Lunatic asylums Central Provinces reports 1886-1894 - 1886-1894
Year: 1886
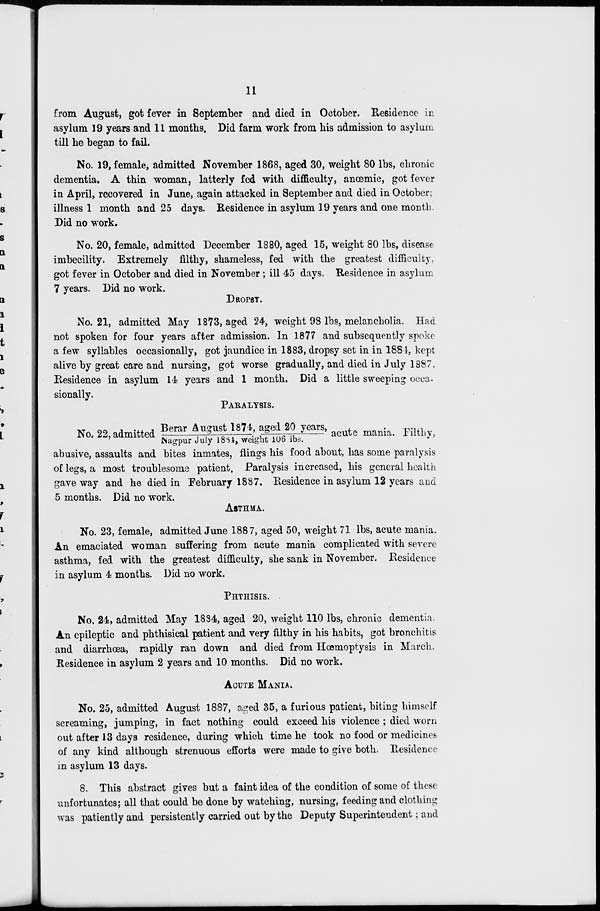
11
from August, got fever in September and died in October. Residence in
asylum 19 years and 11 months. Did farm work from his admission to asylum
till he began to fail.
No. 19, female, admitted November 1868, aged 30, weight 80 lbs, chronic
dementia. A thin woman, latterly fed with difficulty, anaemic, got fever
in April, recovered in June, again attacked in September and died in October:
illness 1 month and 25 days. Residence in asylum 19 years and one month.
Did no work.
No. 20, female, admitted December 1880, aged 15, weight 80 lbs, disease
imbecility. Extremely filthy, shameless, fed with the greatest difficulty,
got fever in October and died in November; ill 45 days. Residence in asylum
7 years. Did no work.
DROPSY.
No. 21, admitted May 1873, aged 24, weight 98 lbs, melancholia. Had
not spoken for four years after admission. In 1877 and subsequently spoke
a few syllables occasionally, got jaundice in 1883, dropsy set in in 1884, kept
alive by great care and nursing, got worse gradually, and died in July 1887.
Residence in asylum 14 years and 1 month. Did a little sweeping occa-
sionally.
PARALYSIS.
No.22,admitted Berar August 1874, aged 20 years/ Nagpur July 1884,weight 106 lbs. ,acute mania. Filthy,
abusive, assaults and bites inmates, flings his food about, has some paralysis
of legs, a most troublesome patient. Paralysis increased, his general health
gave way and he died in February 1887. Residence in asylum 12 years and
5 months. Did no work.
ASTHMA.
No. 23, female, admitted June 1887, aged 50, weight 71 lbs, acute mania.
An emaciated woman suffering from acute mania complicated with severe
asthma, fed with the greatest difficulty, she sank in November. Residence
in asylum 4 months. Did no work.
PHTHISIS.
No. 24, admitted May 1884, aged 20, weight 110 lbs, chronic dementia.
An epileptic and phthisical patient and very filthy in his habits, got bronchitis
and diarrhoea, rapidly ran down and died from Hœmoptysis in March.
Residence in asylum 2 years and 10 months. Did no work.
ACUTE MANIA.
No. 25, admitted August 1887, aged 35, a furious patient, biting himself
screaming, jumping, in fact nothing could exceed his violence ; died worn
out after 13 days residence, during which time he took no food or medicines
of any kind although strenuous efforts were made to give both. Residence
in asylum 13 days.
8. This abstract gives but a faint idea of the condition of some of these
unfortunates; all that could be done by watching, nursing, feeding and clothing
was patiently and persistently carried out by the Deputy Superintendent; and